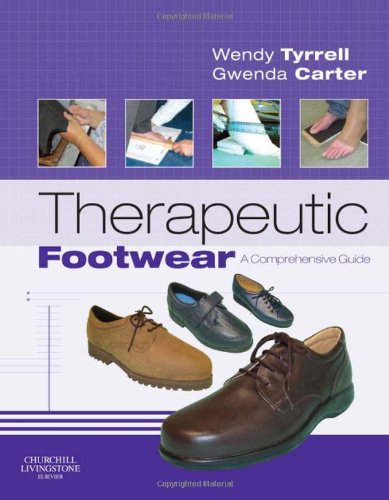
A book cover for Therapeutic Footwear: A Comprehensive Guide, 1e; Wendy Tyrrell MEd  MChS; Medical Books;